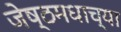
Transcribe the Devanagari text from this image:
जेष्ठमधाच्या